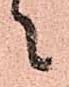
々